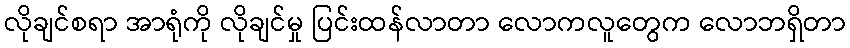
လိုချင်စရာ အာရုံကို လိုချင်မှု ပြင်းထန်လာတာ လောကလူတွေက လောဘရှိတာ